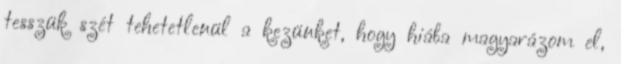
tesszük szét tehetetlenül a kezünket, hogy hiába magyarázom el,